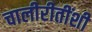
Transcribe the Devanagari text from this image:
चालीरीतींशी